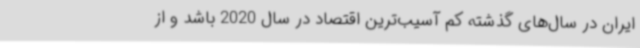
ایران در سال‌های گذشته کم آسیب‌ترین اقتصاد در سال 2020 باشد و از